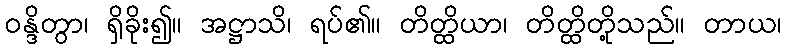
ဝန္ဒိတွာ၊ ရှိခိုး၍။ အဋ္ဌာသိ၊ ရပ်၏။ တိတ္ထိယာ၊ တိတ္ထိတို့သည်။ တာယ၊